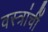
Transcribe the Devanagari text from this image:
वस्त्रांचीं